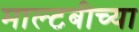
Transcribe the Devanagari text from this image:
माल्टबीच्या